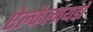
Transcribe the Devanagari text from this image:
ऐल्कैलायडों